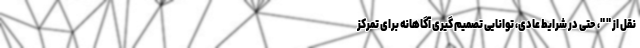
نقل از " "، حتی در شرایط عادی، توانایی تصمیم گیری آگاهانه برای تمرکز